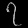
Digit: ၇